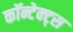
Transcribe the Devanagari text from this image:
कॉन्टेक्ट्स